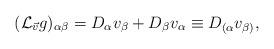
LaTeX: \begin{align*}({\cal L}_{\vec{v}}g)_{\alpha\beta} = D_{\alpha}v_{\beta} + D_{\beta}v_{\alpha} \equiv D_{ ( \alpha}v_{\beta )}, \end{align*}